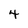
Character: 4